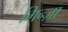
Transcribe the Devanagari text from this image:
गिन्ज़ा